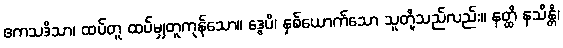
ဧကသဒိသာ၊ ထပ်တူ ထပ်မျှတူကုန်သော။ ဒွေပိ၊ နှစ်ယောက်သော သူတို့သည်လည်း။ နတ္ထိ နသိန္တိ၊